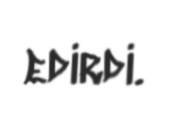
edirdi.